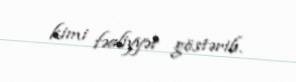
kimi fəaliyyət göstərib.